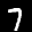
Label: 7